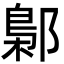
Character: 鄡